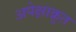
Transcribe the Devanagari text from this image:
अपेक्षाक्रुत